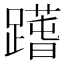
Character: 𨅱